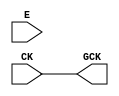
module OPENROAD_CLKGATE (CK, E, GCK);
  input CK;
  input E;
  output GCK;

`ifdef OPENROAD_CLKGATE

ICGx1_ASAP7_75t_L latch ( .CLK(CK), .ENA(E), .SE(1'b0), .GCLK(GCK) );

`else

assign GCK = CK;

`endif

endmodule